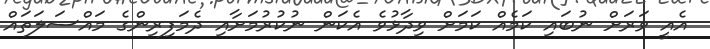
އެއީ ވަރަށް ނުބައި ކަމެއް ކަމަށް ވިދާޅުވެ އެކަން ނުކުރުމަށާއި ދެމަފިރިންގެ މައްސަލަތައް